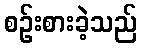
စဉ်းစားခဲ့သည်